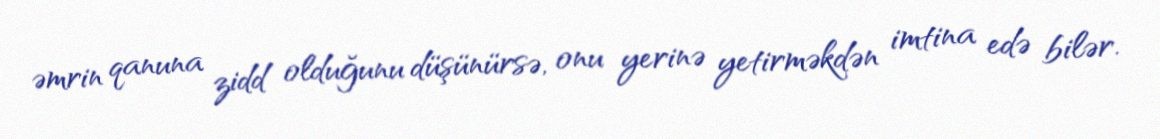
əmrin qanuna zidd olduğunu düşünürsə, onu yerinə yetirməkdən imtina edə bilər.